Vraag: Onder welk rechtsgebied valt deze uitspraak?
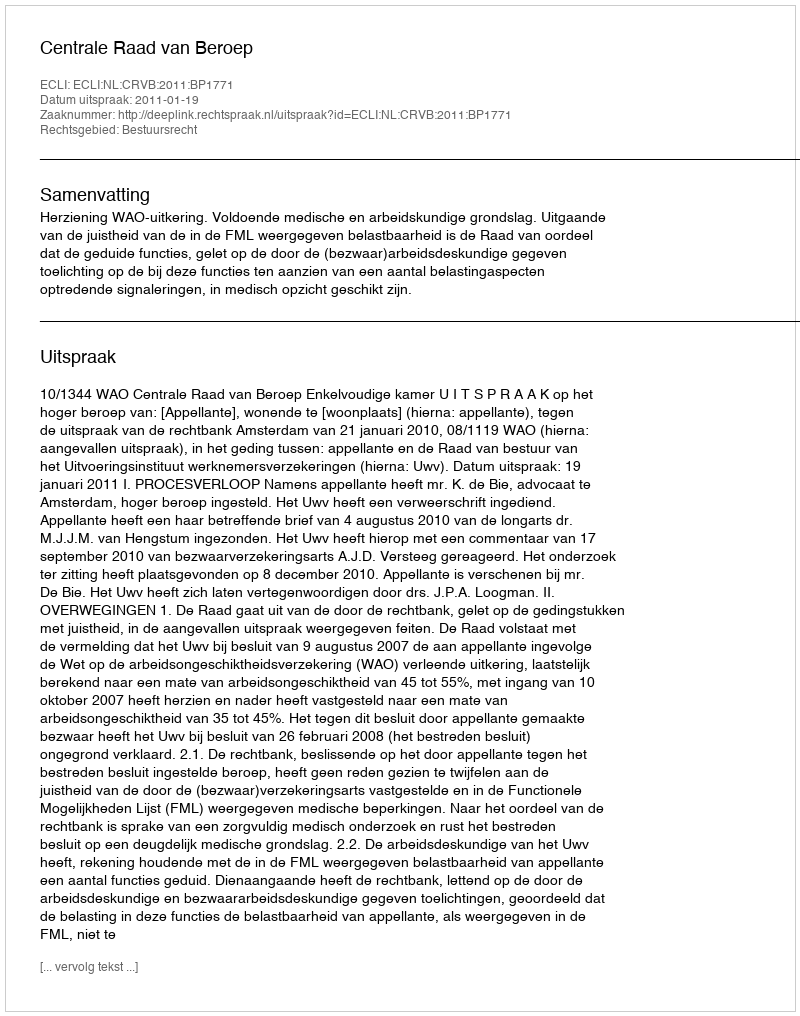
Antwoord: Bestuursrecht